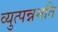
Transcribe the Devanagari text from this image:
व्युत्पन्नमति